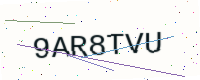
Text: 9AR8TVU